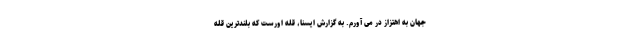
جهان به اهتزاز در می آورم. به گزارش ایسنا، قله اورست که بلندترین قله